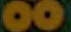
00